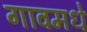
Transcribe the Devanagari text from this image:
गावमधे